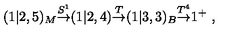
( 1 | 2 , 5 ) _ { M } { \frac { \buildrel S ^ { 1 } } { \rightarrow } } ( 1 | 2 , 4 ) { \frac { \buildrel T } { \rightarrow } } ( 1 | 3 , 3 ) _ { B } { \frac { \buildrel T ^ { 4 } } { \rightarrow } } 1 ^ { + } \ ,